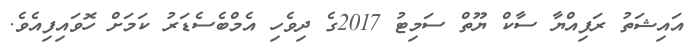
އައިޝަތު ރަފިއްޔާ ސާކް ޔޫތް ސަމިޓު 2017ގެ ދިވެހި އެމްބެސެޑަރު ކަމަށް ހޮވައިފިއެވެ.